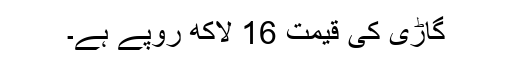
گاڑی کی قیمت 16 لاکھ روپے ہے۔